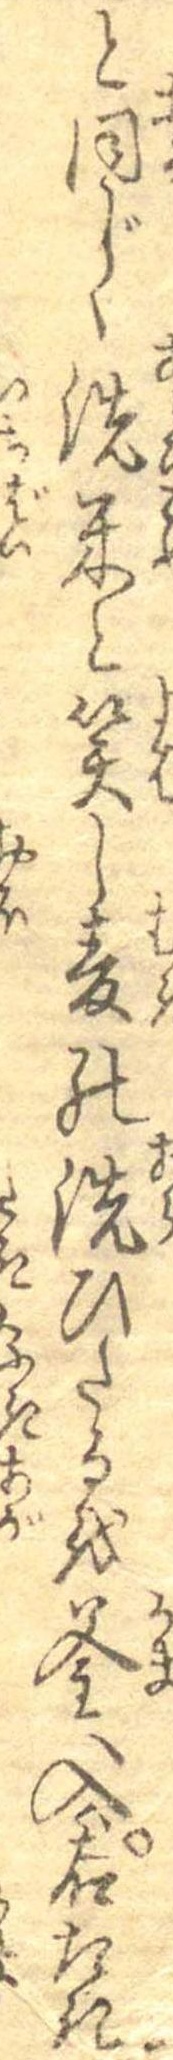
と同じく洗米と笑し麦の洗ひたるを釜へ入ハ右たき